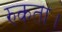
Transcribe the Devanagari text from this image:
रुकता।